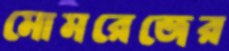
মোমরেজের